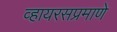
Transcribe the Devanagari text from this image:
व्हायरसप्रमाणे